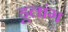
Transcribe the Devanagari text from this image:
डूलांग